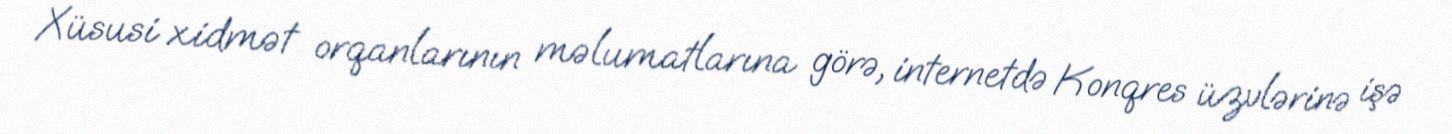
Xüsusi xidmət orqanlarının məlumatlarına görə, internetdə Konqres üzvlərinə işə